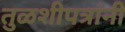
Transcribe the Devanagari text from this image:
तुळशीपत्रांनी